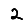
Digit: 2